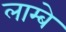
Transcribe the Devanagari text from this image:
लाम्बे